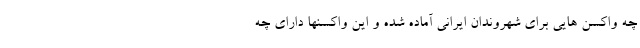
چه واکسن هایی برای شهروندان ایرانی آماده شده و این واکسنها دارای چه